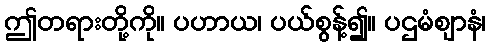
ဤတရားတို့ကို။ ပဟာယ၊ ပယ်စွန့်၍။ ပဌမံဈာနံ၊